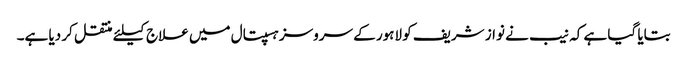
بتایا گیا ہے کہ نیب نے نواز شریف کو لاہور کے سروسز ہسپتال میں علاج کیلئے منتقل کر دیا ہے۔